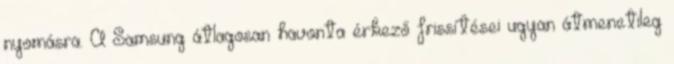
nyomásra. A Samsung átlagosan havonta érkező frissítései ugyan átmenetileg